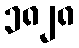
၁၈၂၈